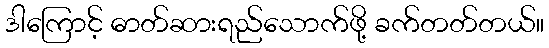
ဒါကြောင့် ဓာတ်ဆားရည်သောက်ဖို့ ခက်တတ်တယ်။